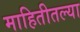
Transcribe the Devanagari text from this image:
माहितीतल्या